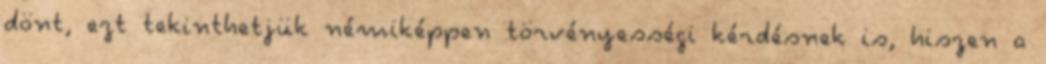
dönt, ezt tekinthetjük némiképpen törvényességi kérdésnek is, hiszen a